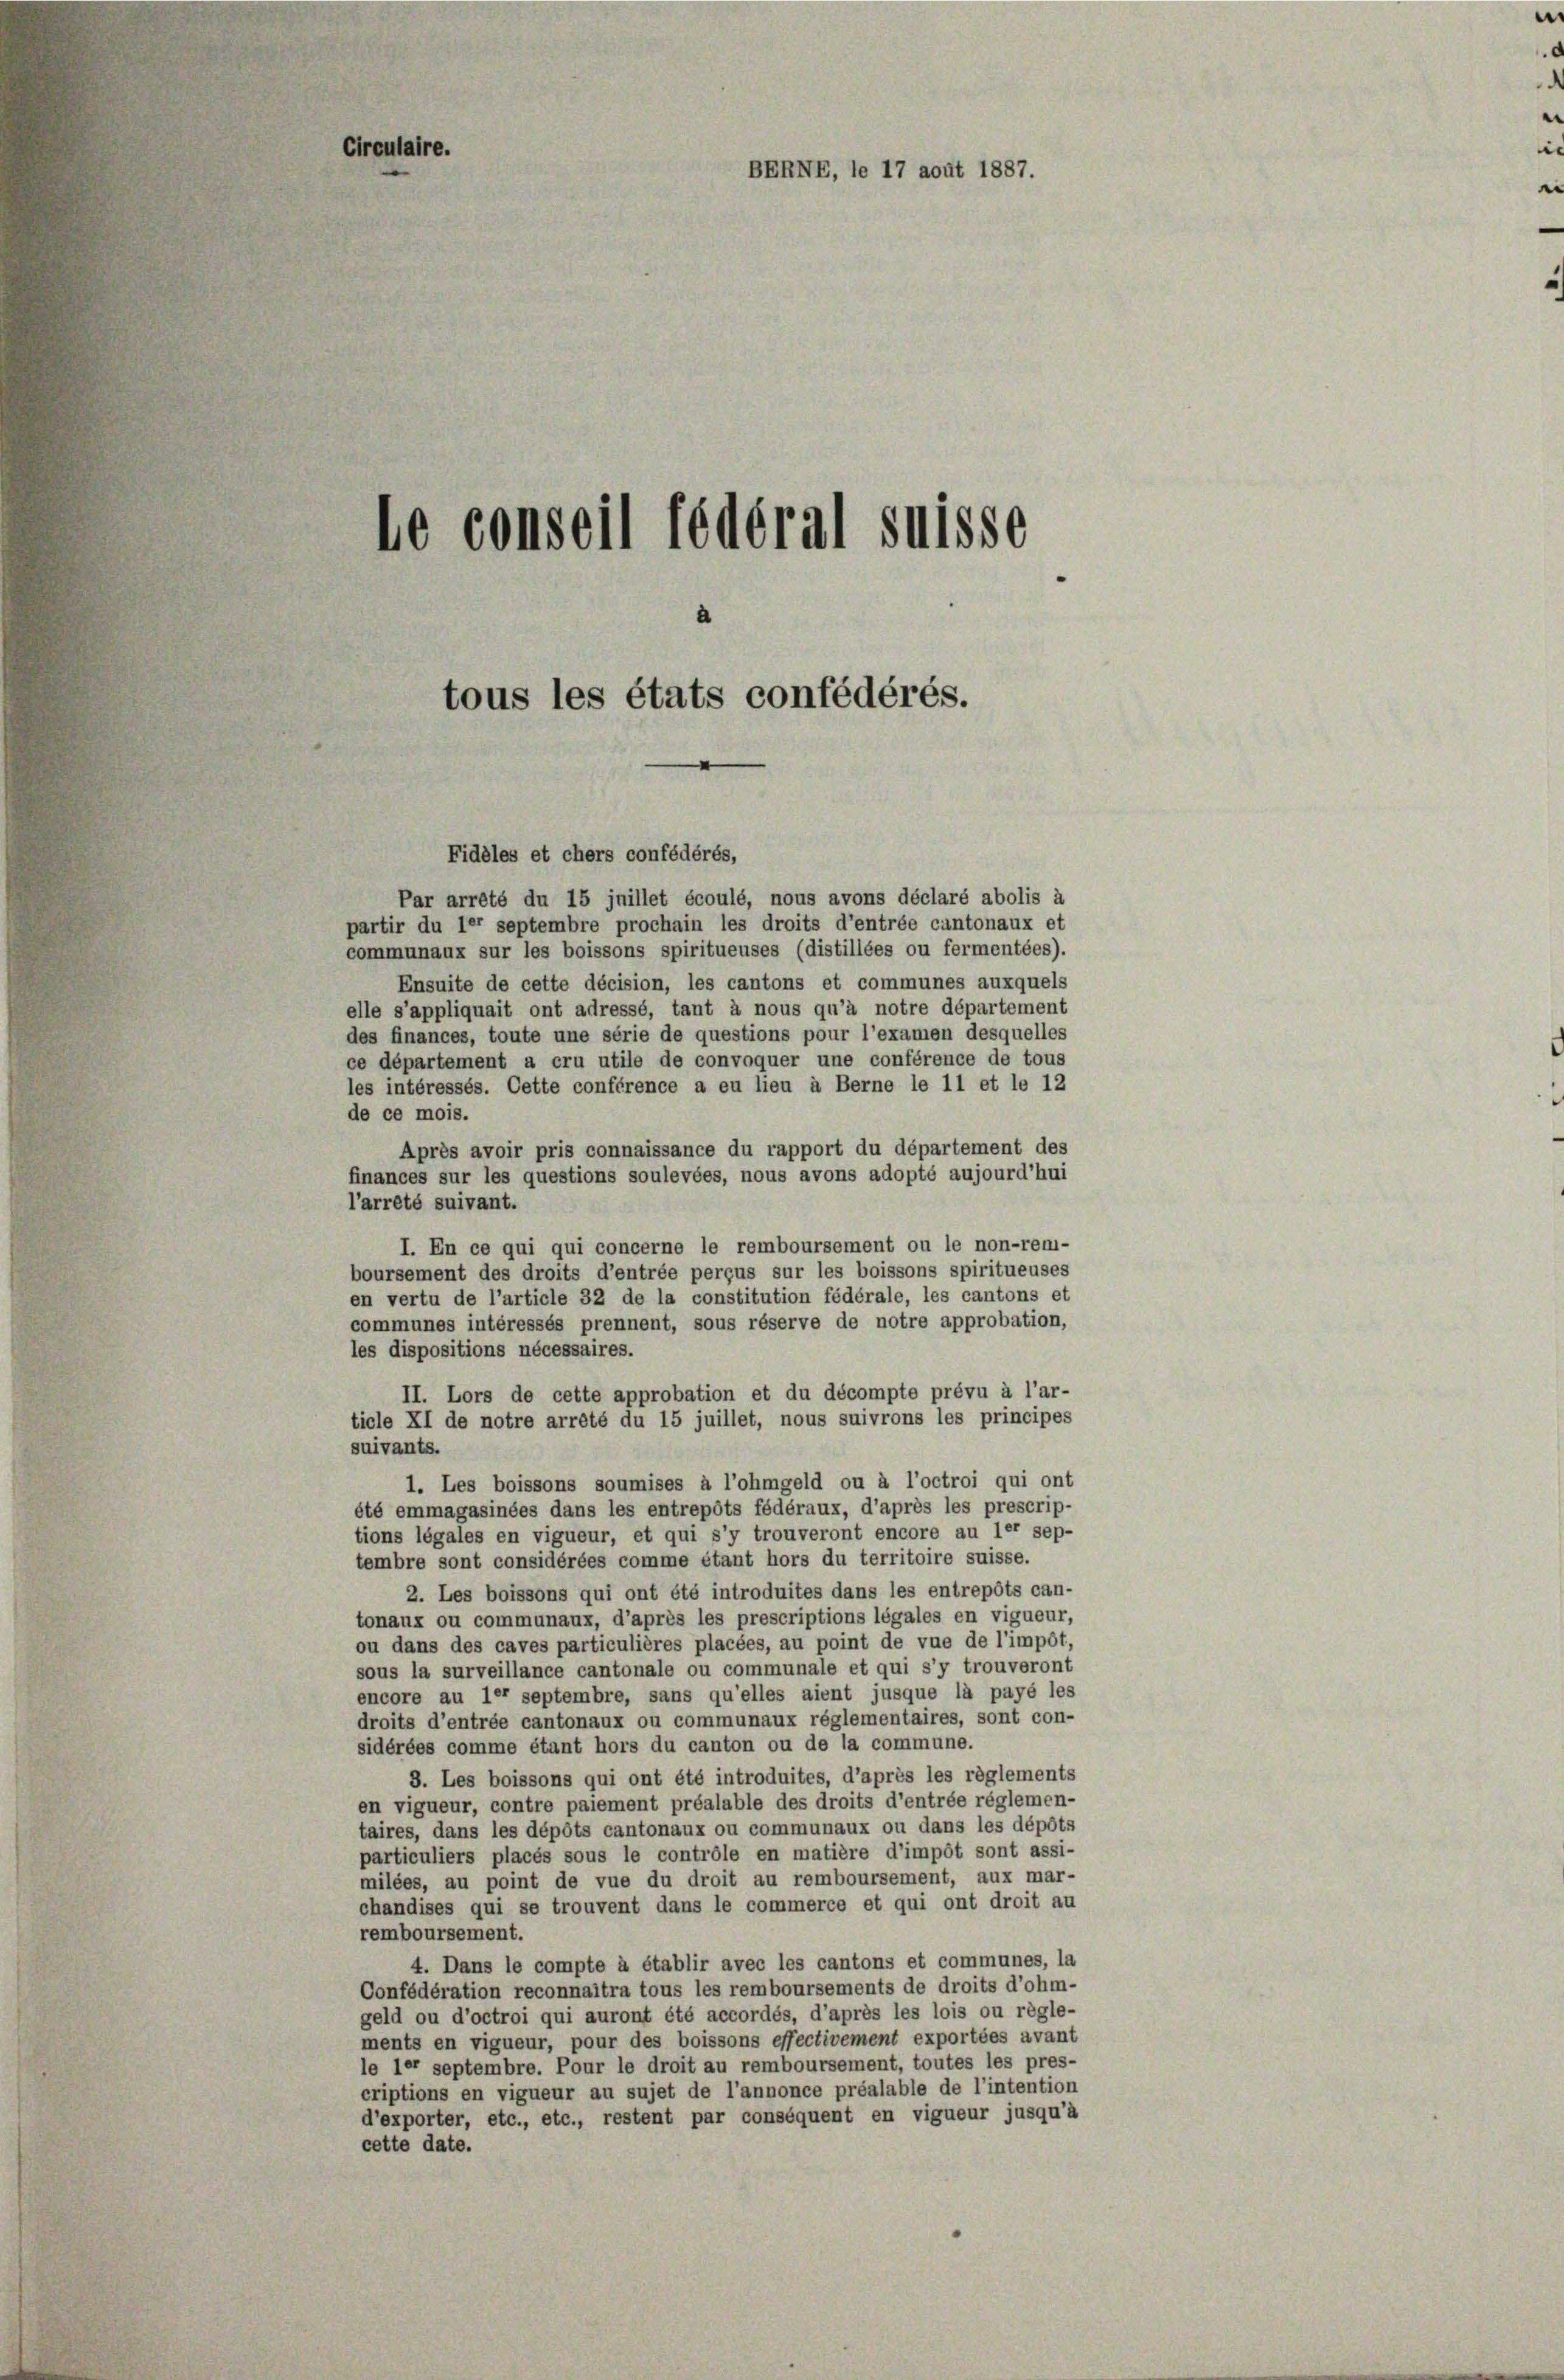
Circulaire.

le conseil fédéral suisse
tous les états confédérés.

Fidèles et chers confédérés,
Par arrêté du 15 juillet écoulé, nous avons déclaré abolis à
partir du ler septembre prochain les droits d’entrée cantonaux et
communaux sur les boissons spiritueuses (distillées ou fermentées).
Ensuite de cette décision, les cantons et communes auxquels
elle s’appliquait ont adressé, tant à nous qu’à notre département
des finances, toute une série de questions pour l’examen desquelles
ce département a cru utile de convoquer une conférence de tous
les intéressés. Cette conférence a eu lieu à Berne le 11 et le 12
de ce mois.
Après avoir pris connaissance du rapport du département des
finances sur les questions soulevées, nous avons adopté aujourd’hui
l’arreté suivant.
I. En ce qui qui concerne le remboursement ou le non-rem-
boursement des droits d’entrée perçus sur les boissons spiritueuses
en vertu de l’article 32 de la constitution fédérale, les cantons et
communes intéressés prennent, sous réserve de notre approbation,
les dispositions nécessaires.
II. Lors de cette approbation et du décompte prévu à l’ar-
ticle XI de notre arrété du 15 juillet, nous suivrons les principes
suivants.
1. Les boissons soumises à l’ohmgeld ou à l’octroi qui ont
été emmagasinées dans les entrepots fédéraux, d’après les prescrip-
tions légales en vigueur, et qui s’y trouveront encore au ler sep-
tembre sont considérées comme étant hors du territoire suisse.
2. Les boissons qui ont été introduites dans les entrepots can-
tonaux ou communaux, d’après les prescriptions légales en vigueur,
ou dans des caves particulières placées, au point de vue de l’impôt,
sous la surveillance cantonale ou communale et qui s’y trouveront
encore au ler septembre, sans qu’elles aient jusque la payé les
droits d’entrée cantonaux ou communaux réglementaires, sont con-
sidérées comme étant hors du canton ou de la commune.
3. Les boissons qui ont été introduites, d’après les règlements
en vigueur, contre paiement préalable des droits d’entrée réglemen-
taires, dans les dépôts cantonaux ou communaux ou dans les dépôts
particuliers placés sous le contrôle en matière d’impôt sont assi-
milées, au point de vue du droit au remboursement, aux mar-
chandises qui se trouvent dans le commerce et qui ont droit au
remboursement.
4. Dans le compte à établir avec les cantons et communes, la
Confédération reconnaitra tous les remboursements de droits d’ohm-
geld ou d’octroi qui auront été accordés, d’après les lois ou règle-
ments en vigueur, pour des boissons effectivement exportées avant
le ler septembre. Pour le droit au remboursement, toutes les pres-
criptions en vigueur au sujet de l’annonce préalable de l’intention
d’exporter, etc., etc., restent par conséquent en vigueur jusqu’à
cette date.

BERNE, le 17 août 1887.